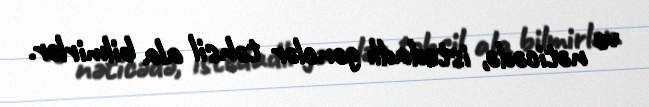
və nəticədə, istedadlı gənclər təhsil ala bilmirlər.